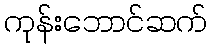
ကုန်းဘောင်ဆက်